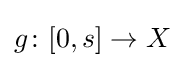
g\colon [0,s]\to X